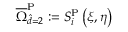
\overline { { \Omega } } _ { \hat { d } = 2 } ^ { \mathrm { { P } } } : = S _ { i } ^ { \mathrm { { P } } } \left( \xi , \eta \right)